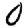
Digit: 0